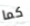
كما